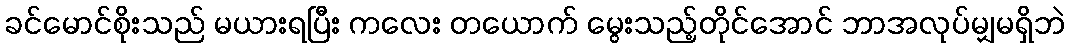
ခင်မောင်စိုးသည် မယားရပြီး ကလေး တယောက် မွေးသည့်တိုင်အောင် ဘာအလုပ်မျှမရှိဘဲ